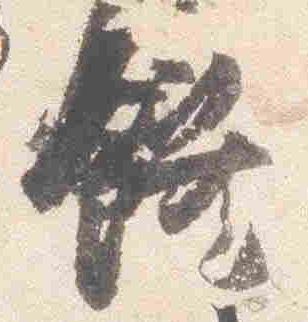
饌